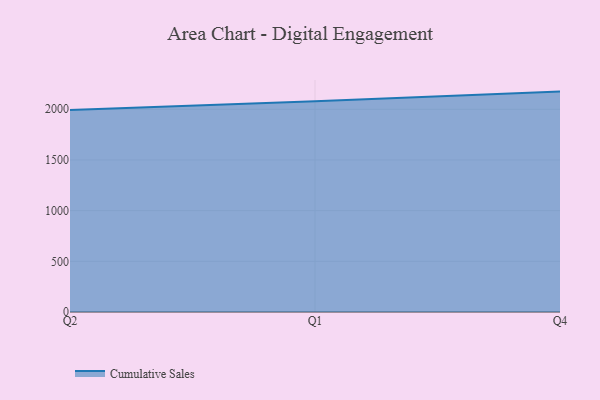
{"axis": {"x": "Quarter", "y": "Operating Costs (USD K)"}, "legend": ["Cumulative Sales"], "data": [{"x": "Q2", "y": 1992.5, "type": "Cumulative Sales"}, {"x": "Q1", "y": 2079.7, "type": "Cumulative Sales"}, {"x": "Q4", "y": 2174.5, "type": "Cumulative Sales"}]}